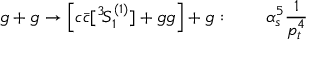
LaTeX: g + g \to \left[ c \bar { c } [ { } ^ { 3 } \! S _ { 1 } ^ { ( 1 ) } ] + g g \right] + g : \qquad \alpha _ { s } ^ { 5 } \frac { 1 } { p _ { t } ^ { 4 } }